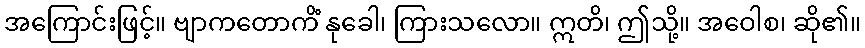
အကြောင်းဖြင့်။ ဗျာကတောကိံ နုခေါ၊ ကြားသလော။ ဣတိ၊ ဤသို့။ အဝေါစ၊ ဆို၏။